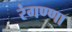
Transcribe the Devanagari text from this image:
रंगण्णा